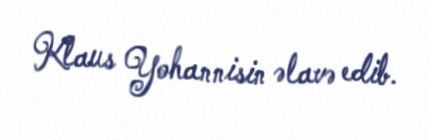
Klaus Yohannisin əlavə edib.